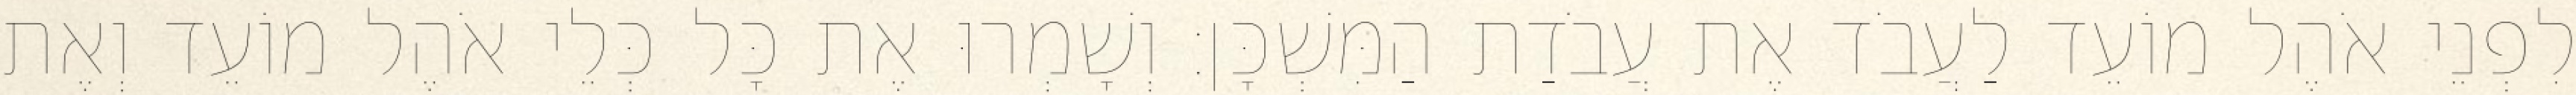
לִפְנֵי אֹהֶל מוֹעֵד לַעֲבֹד אֶת עֲבֹדַת הַמִּשְׁכָּן׃ וְשָׁמְרוּ אֶת כָּל כְּלֵי אֹהֶל מוֹעֵד וְאֶת